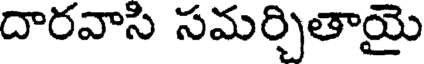
దారవాసి సమర్చితాయై